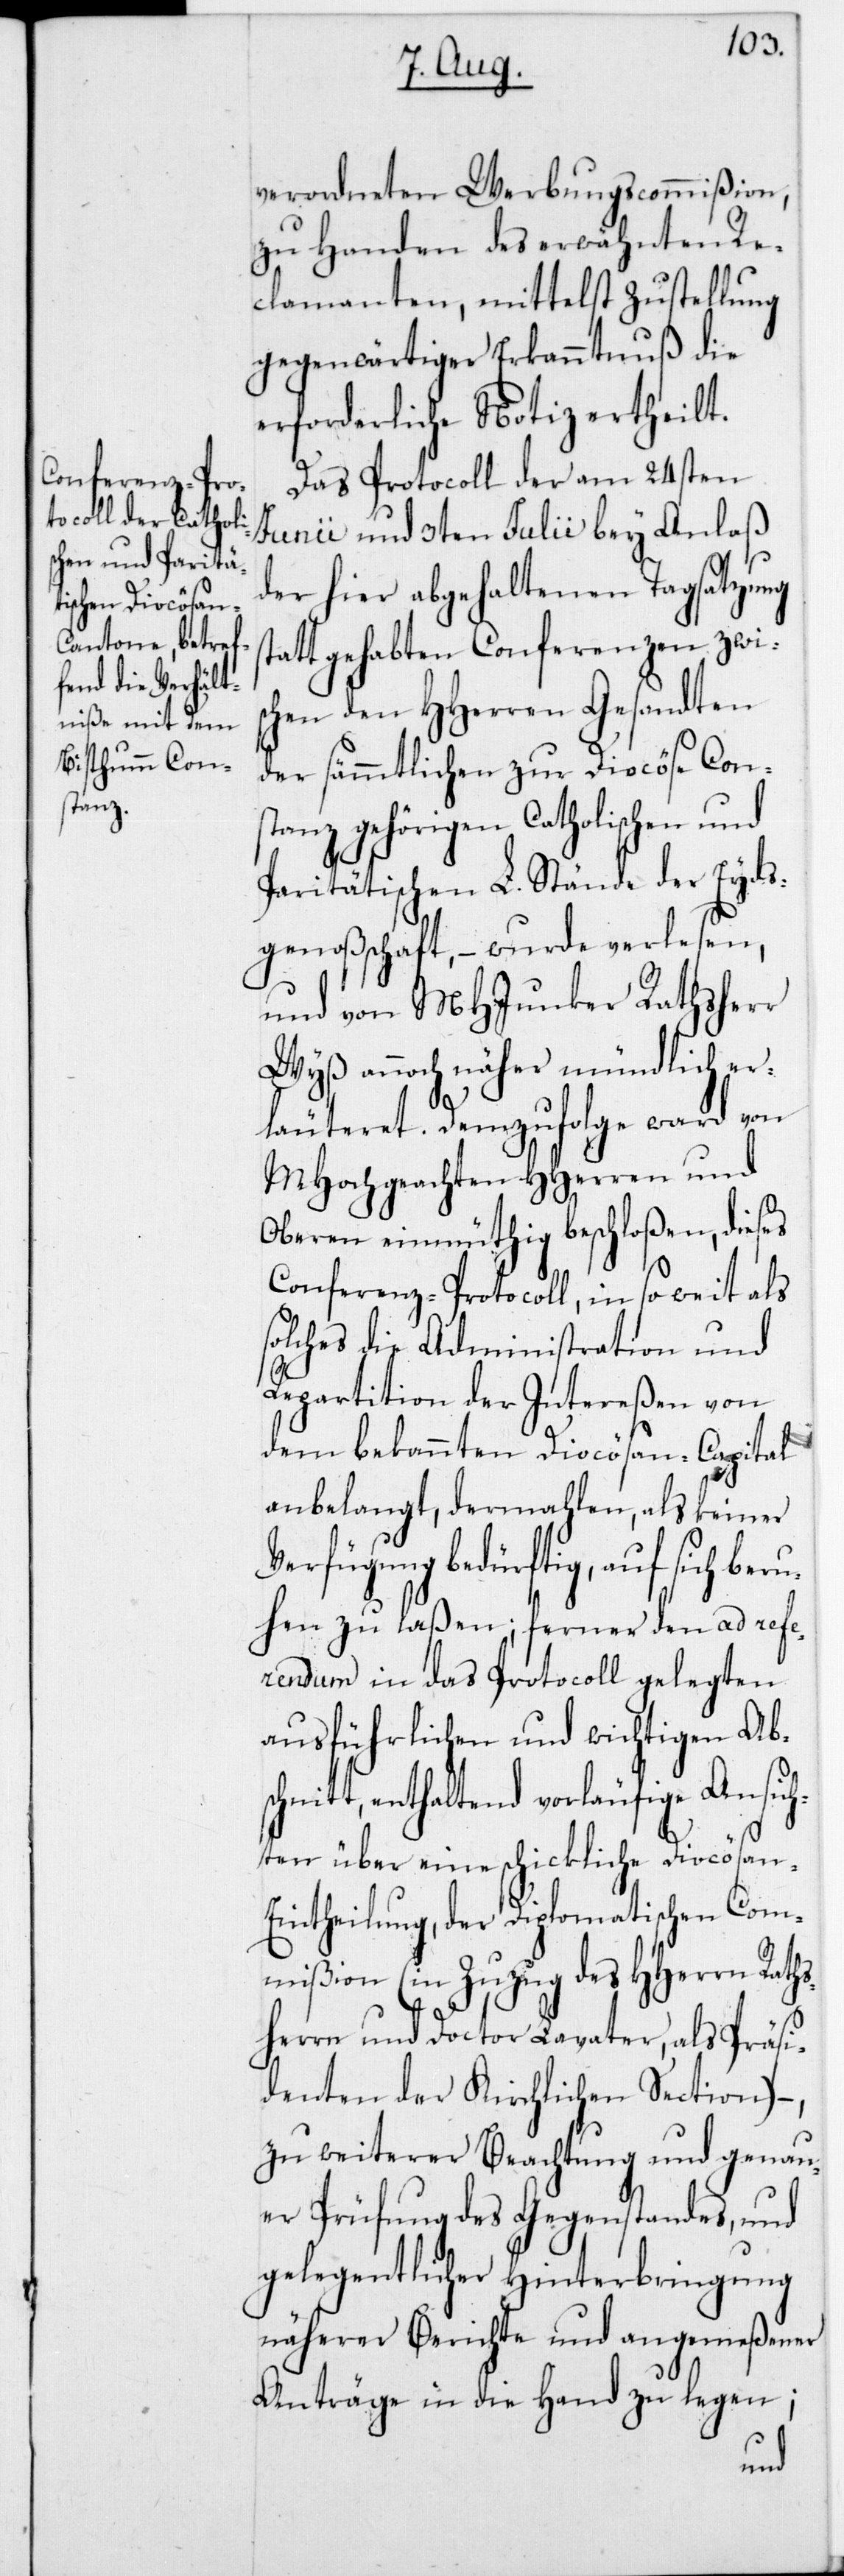
s¬
verordneten Werbungscommißion,
zu Handen des erwähnten Re¬
clamanten, mittelst Zustellung
gegenwärtiger Erkanntnuß die
erforderliche Notiz ertheilt.
Das Protocoll der am 24sten
Junii und 3ten Julii bey Anlaß
der hier abgehaltenen Tagsatzung
tatt gehabten Conferenzen zwis¬
chen den HHerren Gesandten
der sämmtlichen zur Diocöse Cons¬
tanz gehörigen Catholischen und
Paritätischen L. Stände der Eyds¬
genoßenschaft, – wurde verlesen,
und von MHJunker Rathsherr
Wyß annoch näher mündlich er¬
läuteret. Demzufolge ward von
MHochgeachten HHerren und
Oberen einmüthig beschloßen, dieses
Conferenz-Protocoll, in soweit als
solches die Administration und
Repartition der Intereßen von
dem bekannten Diocösan-Capital
anbelangt, dermahlen als keiner
Verfügung bedürftig, auf sich ber¬
uhen zu laßen; ferner den ad refe¬
rendum in das Protocoll gelegten
ausführlichen und wichtigen Abs¬
chnitt, enthaltend vorläufige Ansich¬
ten über eine schickliche Diocösan-E¬
intheilung, der Diplomatischen Com¬
mißion (in Zuzug des HHerrn Raths¬
herrn und Doctor Lavater, als Präsi¬
denten der Kirchlichen Section),
zu weiterer Beachtung und genau¬
er Prüfung des Gegenstandes, und
gelegentlicher Hinterbringung
näherer Berichte und angemeßener
Anträge in die Hand zu legen;